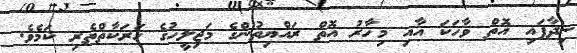
ނިދާފައި އޮތް ވާހަކަ އާއި މިހާރު އޮތް ރައްޔިތުންގެ މަޖިލީހުގެ ހަރަކާތްތެރި ކަމެވެ.